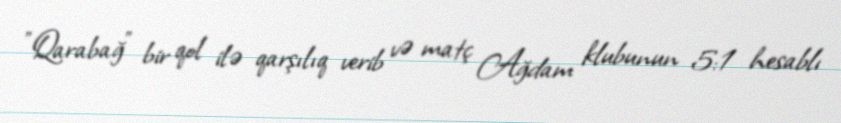
"Qarabağ" bir qol ilə qarşılıq verib və matç Ağdam klubunun 5:1 hesablı